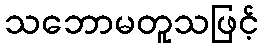
သဘောမတူသဖြင့်